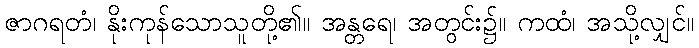
ဇာဂရတံ၊ နိုးကုန်သောသူတို့၏။ အန္တရေ၊ အတွင်း၌။ ကထံ၊ အသို့လျှင်။